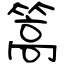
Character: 篙